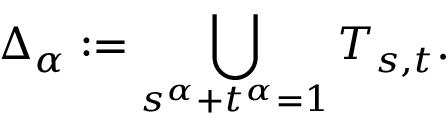
\Delta _ { \alpha } : = \bigcup _ { s ^ { \alpha } + t ^ { \alpha } = 1 } T _ { s , t } .